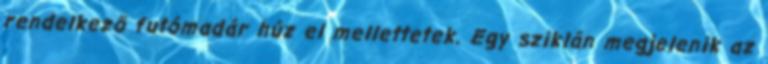
rendelkező futómadár húz el mellettetek. Egy sziklán megjelenik az